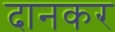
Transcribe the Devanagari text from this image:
दानकर